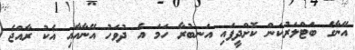
އޭނާގެ ބަޓްލަރުކަން ކޮށްދީފައި އަނބުރާ ހަމަ އެ ދުވަހު އޭނާއާއި އެކު ރާއްޖެ